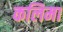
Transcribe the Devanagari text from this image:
कलिमा